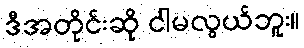
ဒီအတိုင်းဆို ငါမလွယ်ဘူး။